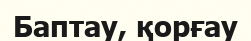
Баптау, қорғау